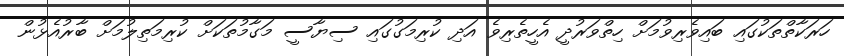
ހަރަކާތްތަކުގައި ބައިވެރިވުމަށް ހިތްވަރުދީ އެހީތެރިވެ އަދި ކުރިމަގުގައި ސިޔާސީ މަގާމުތަކަށް ކުރިމަތިލުމަށް ބާރުއެޅުން